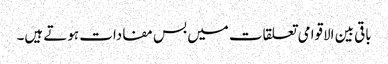
باقی بین الاقوامی تعلقات میں بس مفادات ہوتے ہیں۔